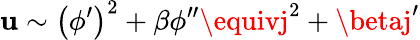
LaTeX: \mathbf{u}\sim\left(\phi^{\prime}\right)^{2}+\beta\phi^{\prime\prime}\equivj^{2}+\betaj^{\prime}